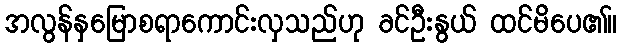
အလွန်နှမြောစရာကောင်းလှသည်ဟု ခင်ဦးနွယ် ထင်မိပေ၏။